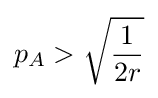
p_{A}>{\sqrt {\frac {1}{2r}}}